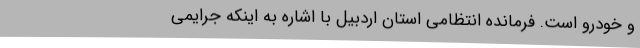
و خودرو است. فرمانده انتظامی استان اردبیل با اشاره به اینکه جرایمی